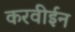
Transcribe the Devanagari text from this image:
करवीईन